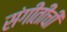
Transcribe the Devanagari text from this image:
संगीतींची